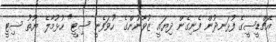
އެޗްޑީސީގެ ފުޅަނދުން ފެނިގެން ދިޔައީ ޒުވާނުންގެ "ހުވަފެނީ ސިޓީ" ހުޅުމާލެ ޔޫތު ސިޓީ